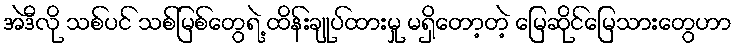
အဲဒီလို သစ်ပင် သစ်မြစ်တွေရဲ့ ထိန်းချုပ်ထားမှု မရှိတော့တဲ့ မြေဆိုင်မြေသားတွေဟာ